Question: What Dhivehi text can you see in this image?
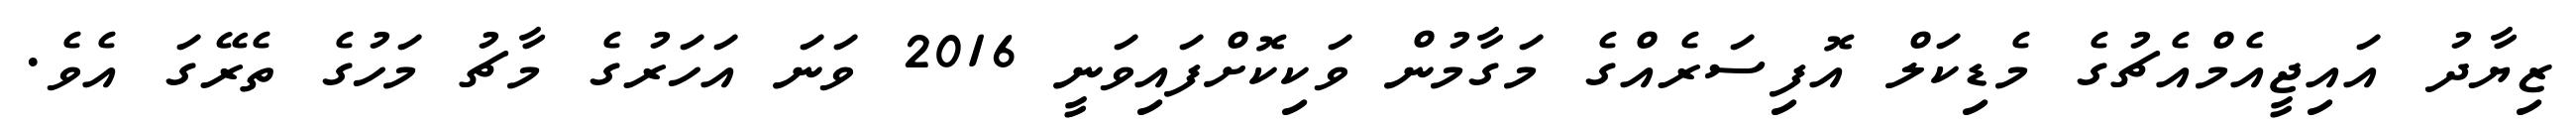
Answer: ޒިޔާދު އައިޖީއެމްއެޗުގެ މެޑިކަލް އޮފިސަރެއްގެ މަގާމުން ވަކިކޮށްފައިވަނީ 2016 ވަނަ އަހަރުގެ މާޗު މަހުގެ ތެރޭގަ އެވެ.